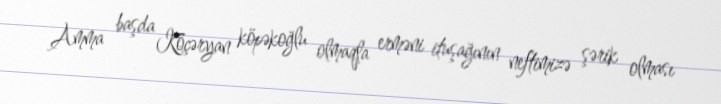
Amma başda Köçəryan köpəkoğlu olmaqla erməni ituşağının neftimizə şərik olması